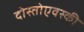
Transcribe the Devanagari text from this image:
दोस्तोएवस्की